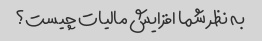
به نظر شما افزایش مالیات چیست؟